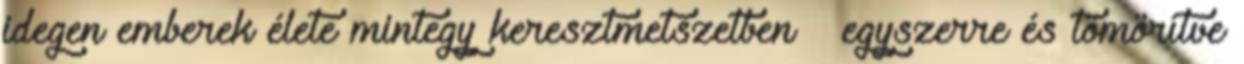
idegen emberek élete mintegy keresztmetszetben – egyszerre és tömörítve